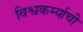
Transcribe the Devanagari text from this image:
विश्वकर्म्याची